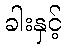
ခါးနှင့်